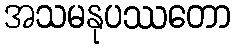
အသမနုပဿတော